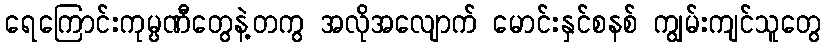
ရေကြောင်းကုမ္ပဏီတွေနဲ့တကွ အလိုအလျောက် မောင်းနှင်စနစ် ကျွမ်းကျင်သူတွေ